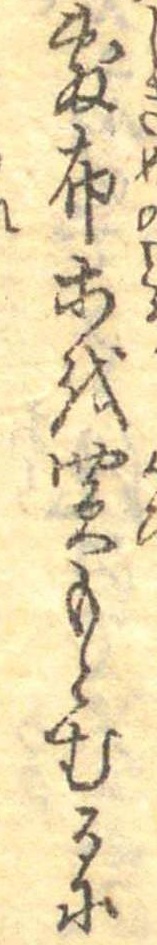
敷布等を買もとむるに